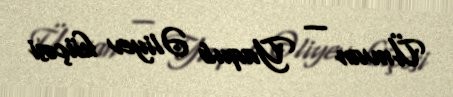
Ünvan — Yaqub Əliyev küçəsi